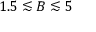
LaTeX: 1 . 5 \lesssim B \lesssim 5